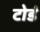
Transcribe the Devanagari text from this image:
टोडं